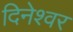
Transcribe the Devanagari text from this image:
दिनेश्वर